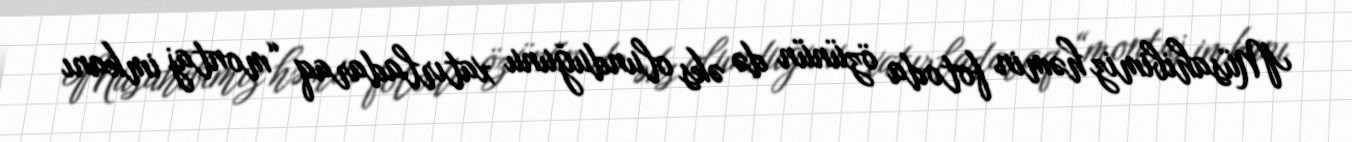
Müsahibimiz həmin fotoda özünün də əks olunduğunu xatırladaraq “montaj imkanı